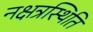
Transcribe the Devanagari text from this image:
नक्षत्रस्थिति